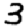
Digit: 3